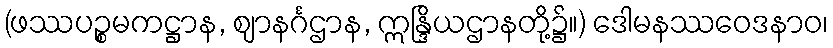
(ဖဿပဉ္စမကဋ္ဌာန, ဈာနင်္ဂဌာန, ဣန္ဒြိယဌာနတို့၌။) ဒေါမနဿဝေဒနာဝ၊